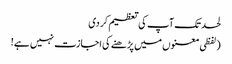
لحد تک آپ کی تعظیم کر دی
(لفظی معنوں میں پڑھنے کی اجازت نہیں ہے!